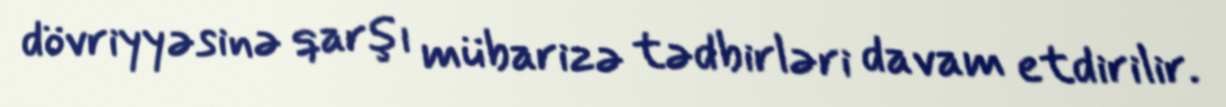
dövriyyəsinə qarşı mübarizə tədbirləri davam etdirilir.